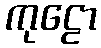
ကုဠော